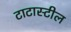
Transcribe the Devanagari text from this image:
टाटास्‍टील